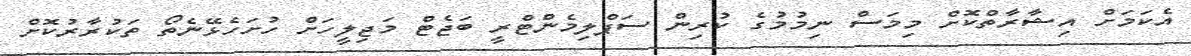
އެކަމަށް އިޝާރާތްކޮށް މިމަސް ނިމުމުގެ ކުރިން ސަޕްލިމެންޓްރީ ބަޖެޓް މަޖިލީހަށް ހުށަހެޅޭނެތޯ ތަކުރާރުކޮށް